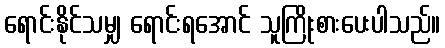
ရောင်းနိုင်သမျှ ရောင်းရအောင် သူကြိုးစားပေးပါသည်။